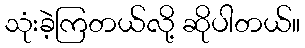
သုံးခဲ့ကြတယ်လို့ ဆိုပါတယ်။